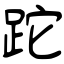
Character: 跎